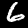
Label: 6